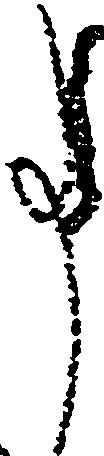
事